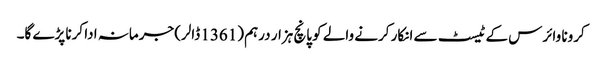
کرونا وائرس کے ٹیسٹ سے انکار کرنے والے کو پانچ ہزار درہم (1361 ڈالر) جرمانہ ادا کرنا پڑے گا۔